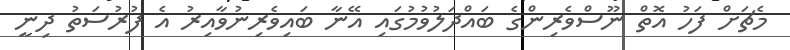
މެޗަށް ފަހު އޮތް ނޫސްވެރިންގެ ބައްދަލުވުމުގައި އޭނާ ބައިވެރިނުވާއިރު އެ ފުރުސަތު ދިނީ